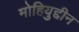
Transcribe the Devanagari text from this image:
मोहियुद्दीन